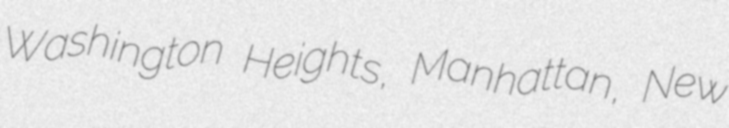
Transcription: Washington Heights, Manhattan, New